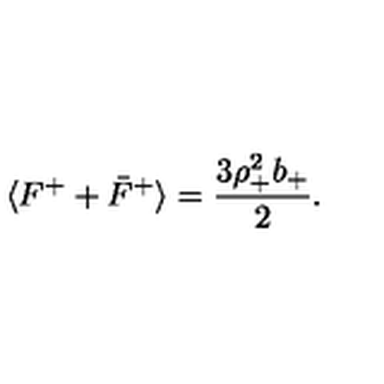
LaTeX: \langle F ^ { + } + \bar { F } ^ { + } \rangle = { \frac { 3 \rho _ { + } ^ { 2 } b _ { + } } { 2 } } .